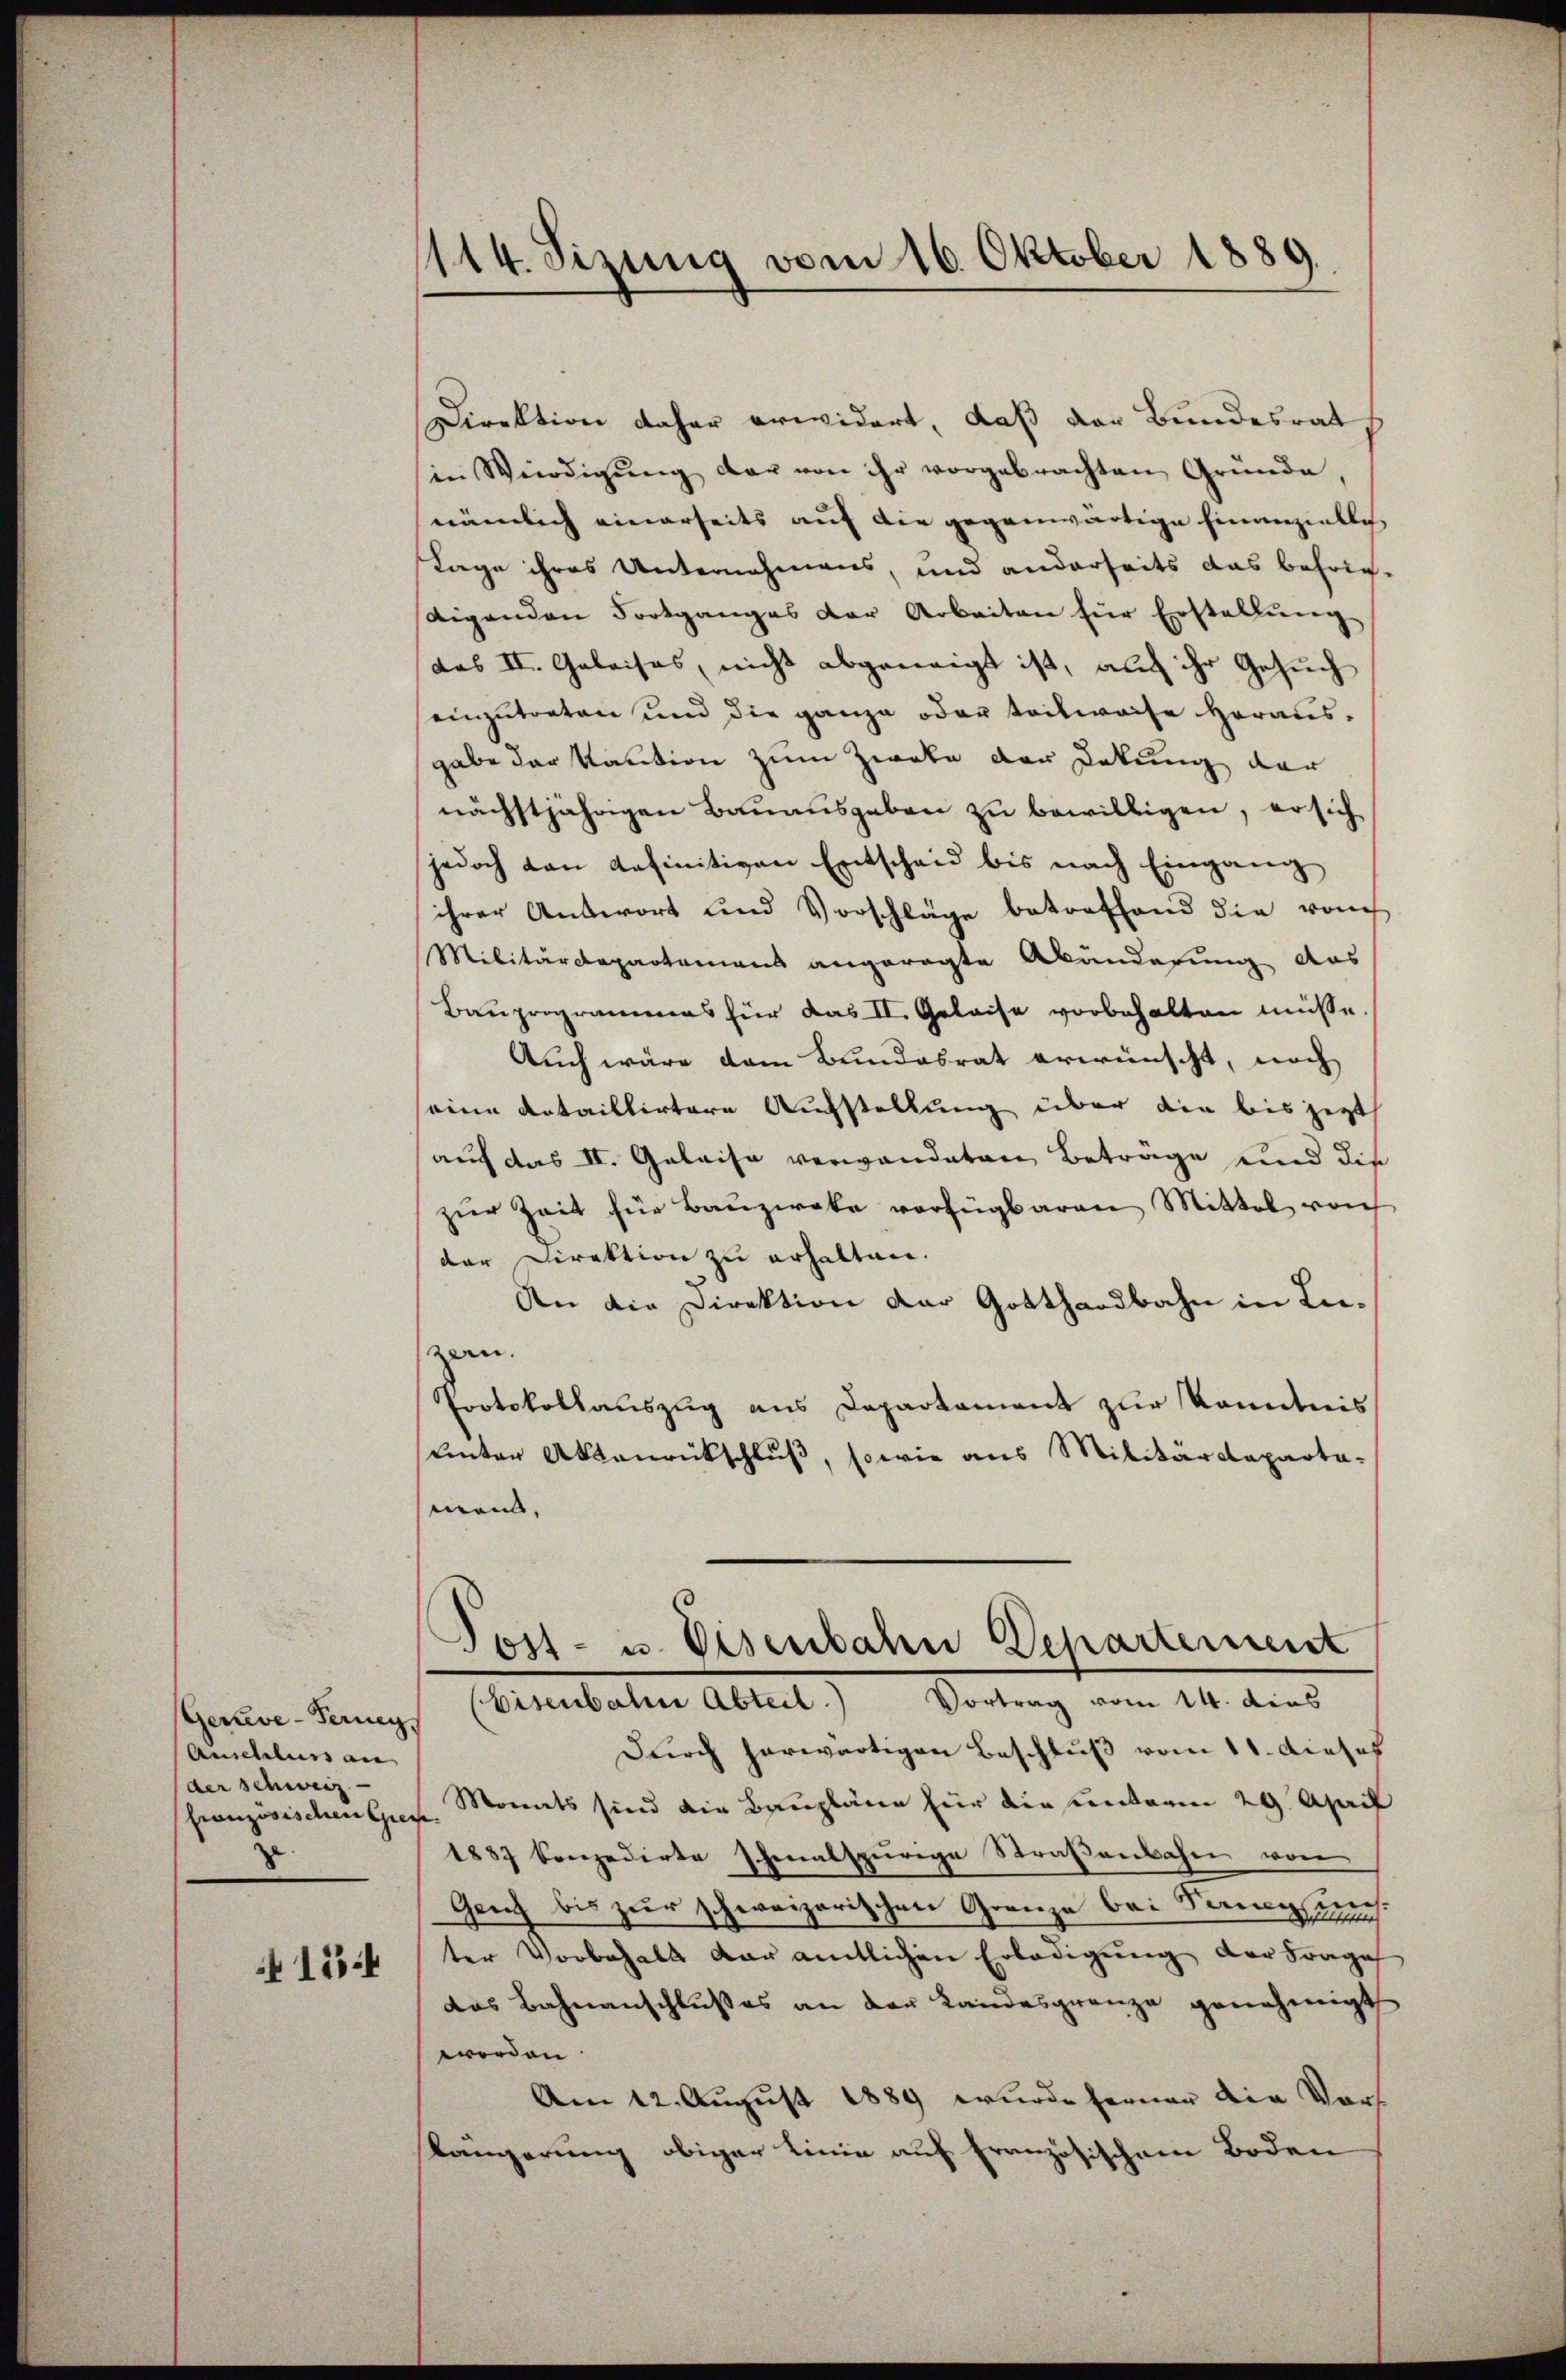
Gerve-Ferneg
Anschluss an
der schweiz.
französischen Giese
zu- |

154

114. Sizung vom 16. Oktober 1889.

Direktion daher erwidert, daß der Bundesrat
in Würdigŭng der von ihr vorgebrachten Gründe,
nämlich einerseits auf die gegenwärtige Finanzielles
Lage ihres Unternehmens, und anderseits das befrie-
digenden Fortganges der Arbeiten für Erstellŭng
das II. Geleises, nicht abgeneigt ist, auch ihr Gesuch
einzutreten und die ganze oder teilweise herausgabe der Kaution zum Zwete der Dekung der
nächstjährigen Bauausgeben zu bewilligen, er sich
jedoch von definitiven Entscheid bis nach Eingang
ihrer Antwort und Vorschläge betreffend die rauch
Militärdepartamens angeregte Abänderung das
Bauprogrammes für das II. Geleise vorbehalten müsse.
Auch wäre dem Bundesrat erwünscht, noch
seine dataillirtere Aufstellung über die bis jetzt
auf das II. Geleise verwandeten Beträge und die
zur Zeit für Bauzweke verfügbaren Mittel von
der Direktion zu erhalten.
An die Direktion der Gotthardbahn in Lieern.
Protokollauszug aus Departament zur konntnis
Unter Aktenrückschluß, sowie aus Militärdeparta-
mand,
Post- u. Eisenbahn Departement
(Eisenbahn Abteil) Vortrag vom 14. dies
Durch herwärtigen Beschluß vom 11. dieses
Monats sind die Baupläne für die unterm 29. April
1887 konzedirte schmalspurige Straßenbahn von
Geng bis zur schweizerischen Granze bei Semesse
d.
ter Vorbehalt dar amtlichen Erledigung der Frage
das Bahnanschlußes an der Landesgrenze genehmigt
worden
Am 12. August 1889 wurde ferner die Vors
Kängerung obiger Linie auf französischen Boden